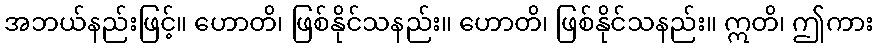
အဘယ်နည်းဖြင့်။ ဟောတိ၊ ဖြစ်နိုင်သနည်း။ ဟောတိ၊ ဖြစ်နိုင်သနည်း။ ဣတိ၊ ဤကား